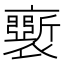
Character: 𧞗